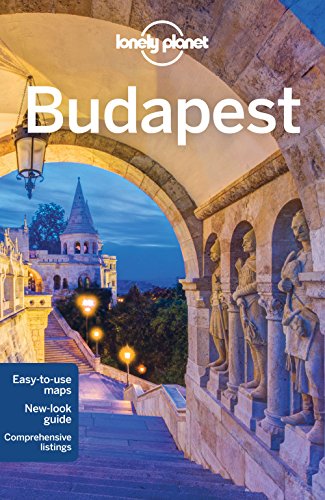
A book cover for Lonely Planet Budapest (Travel Guide); Lonely Planet; Travel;